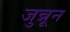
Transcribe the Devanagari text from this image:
जुन्नून